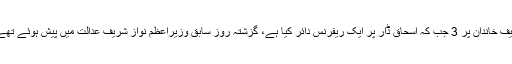
واضح رہے کہ نیب نے پاناما کیس میں سپریم کورٹ کے فیصلے کی روشنی میں شریف خاندان پر 3 جب کہ اسحاق ڈار پر ایک ریفرنس دائر کیا ہے، گزشتہ روز سابق وزیراعظم نواز شریف عدالت میں پیش ہوئے تھے اور عدالت نے ان پر فرد جرم عائد کرنے کے لیے 2 اکتوبر کی تاریخ مقرر کی ہے۔